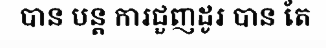
បាន បន្ត ការជួញដូរ បាន តែ